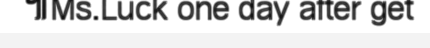
៕Ms.Luck one day after get